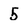
Character: 5